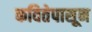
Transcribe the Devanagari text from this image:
कवितेपासून